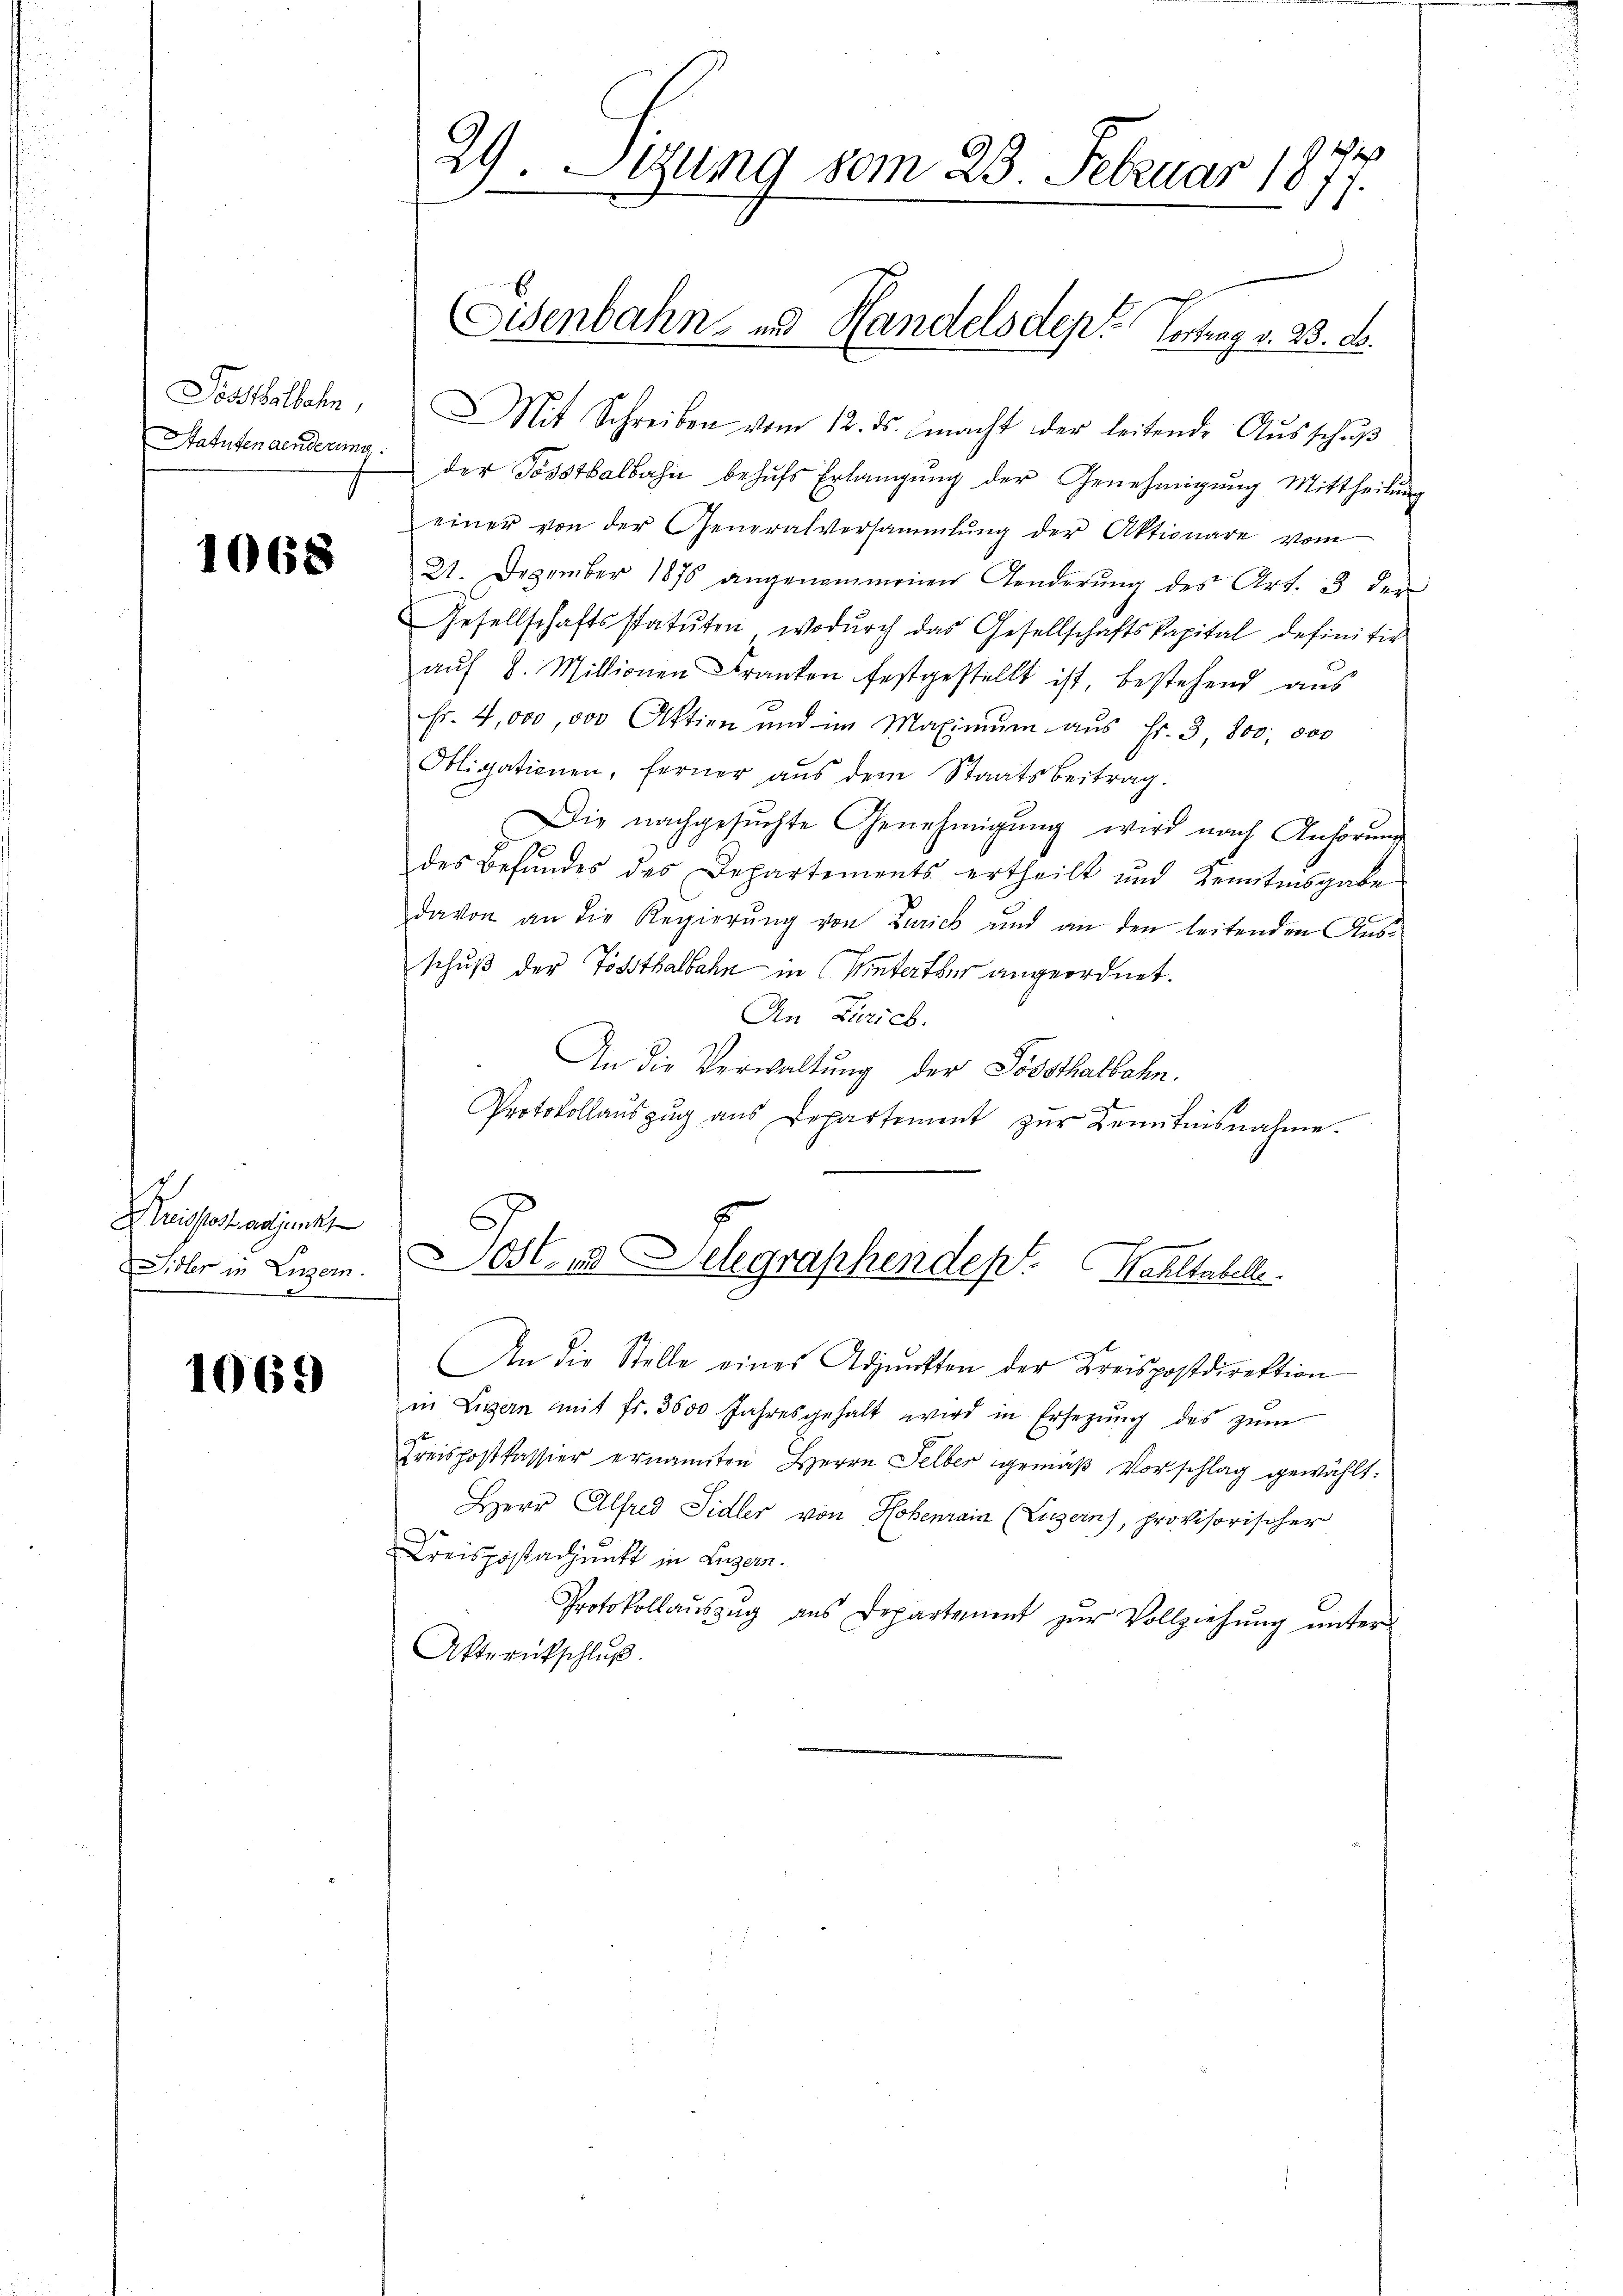
Sosshalbahn,
Statuten anderung.

1068

Kreisstost adjunkt
Sidler in Luzern.

1069

29. Sizung vom 23. Februar 187

Sisenbahn und Handelsdept Vortrag v. 23. d.

Mit Schreiben vom 12. ds. macht der leitende Aŭsschŭβ
der Possthalbahn behufs Erlangung der Genehmigung Mittheilung
einer von der Generalversammlung der Aktionare vom
21. Dezember 1876 angenommenen Aenderŭng des Art. 33 der
Gesellschaftsstatuten, wodŭrch das Gesellschaftskapital definitiv
aŭf 8. Millionen Franken festgestellt ist, bestehend aus
fr. 4,000,000 Aktien und im Maximŭm aŭs Fr. 3 800 000
Obligationen, ferner aŭs dem Staatsbeitrag.
Die nachgesŭchte Genehmigŭng wird nach Anhörŭng
des Befundes des Departements ertheilt und Kenntnisgabe
davon an die Regierŭng von Zürich und an den leitenden Aus-
schuß der Tößthalbahn in Winterther angeordnet.
An Zürich.
An die Verwaltung der Posthalbahn.
Protokollaŭszŭg ans Departement zŭr Kenntnisnahme.
Dost- und Selegraphendept. Wahltabelle
An die Stelle eines Adjunkten der Kreispostdirektion
in Luzern mit fr. 3000 Jahresgehalt wird in Ersezŭng des zŭm
Kreispostkassier ernannten Herrn Selber gemäß Vorschlag gewählt:
Herr Alfred Sidler von Hohenrain (Luzern), provisorischer
Kreispostadjunkt in Luzern.
Protokollaŭszŭg aŭs Departement zŭr Vollziehŭng ŭnter
Aktrückschluß.